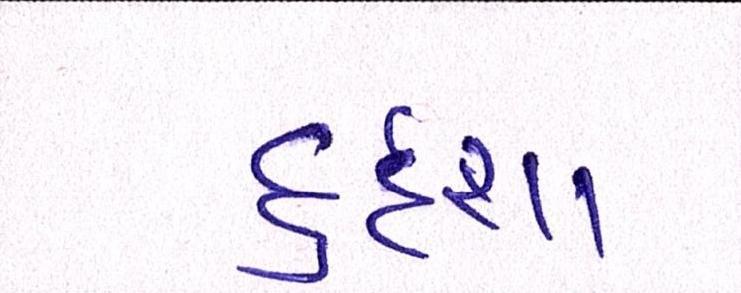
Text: દુર્દશા